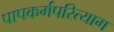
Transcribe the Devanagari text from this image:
पापकर्मपरित्याग